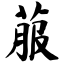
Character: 菔